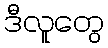
ဒီလူတွေ